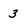
Character: 3